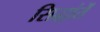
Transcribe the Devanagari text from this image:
सिद्धांतें